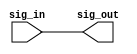
module signal_rename(
    input  sig_in,
    output sig_out
  );
  assign sig_out = sig_in;
endmodule